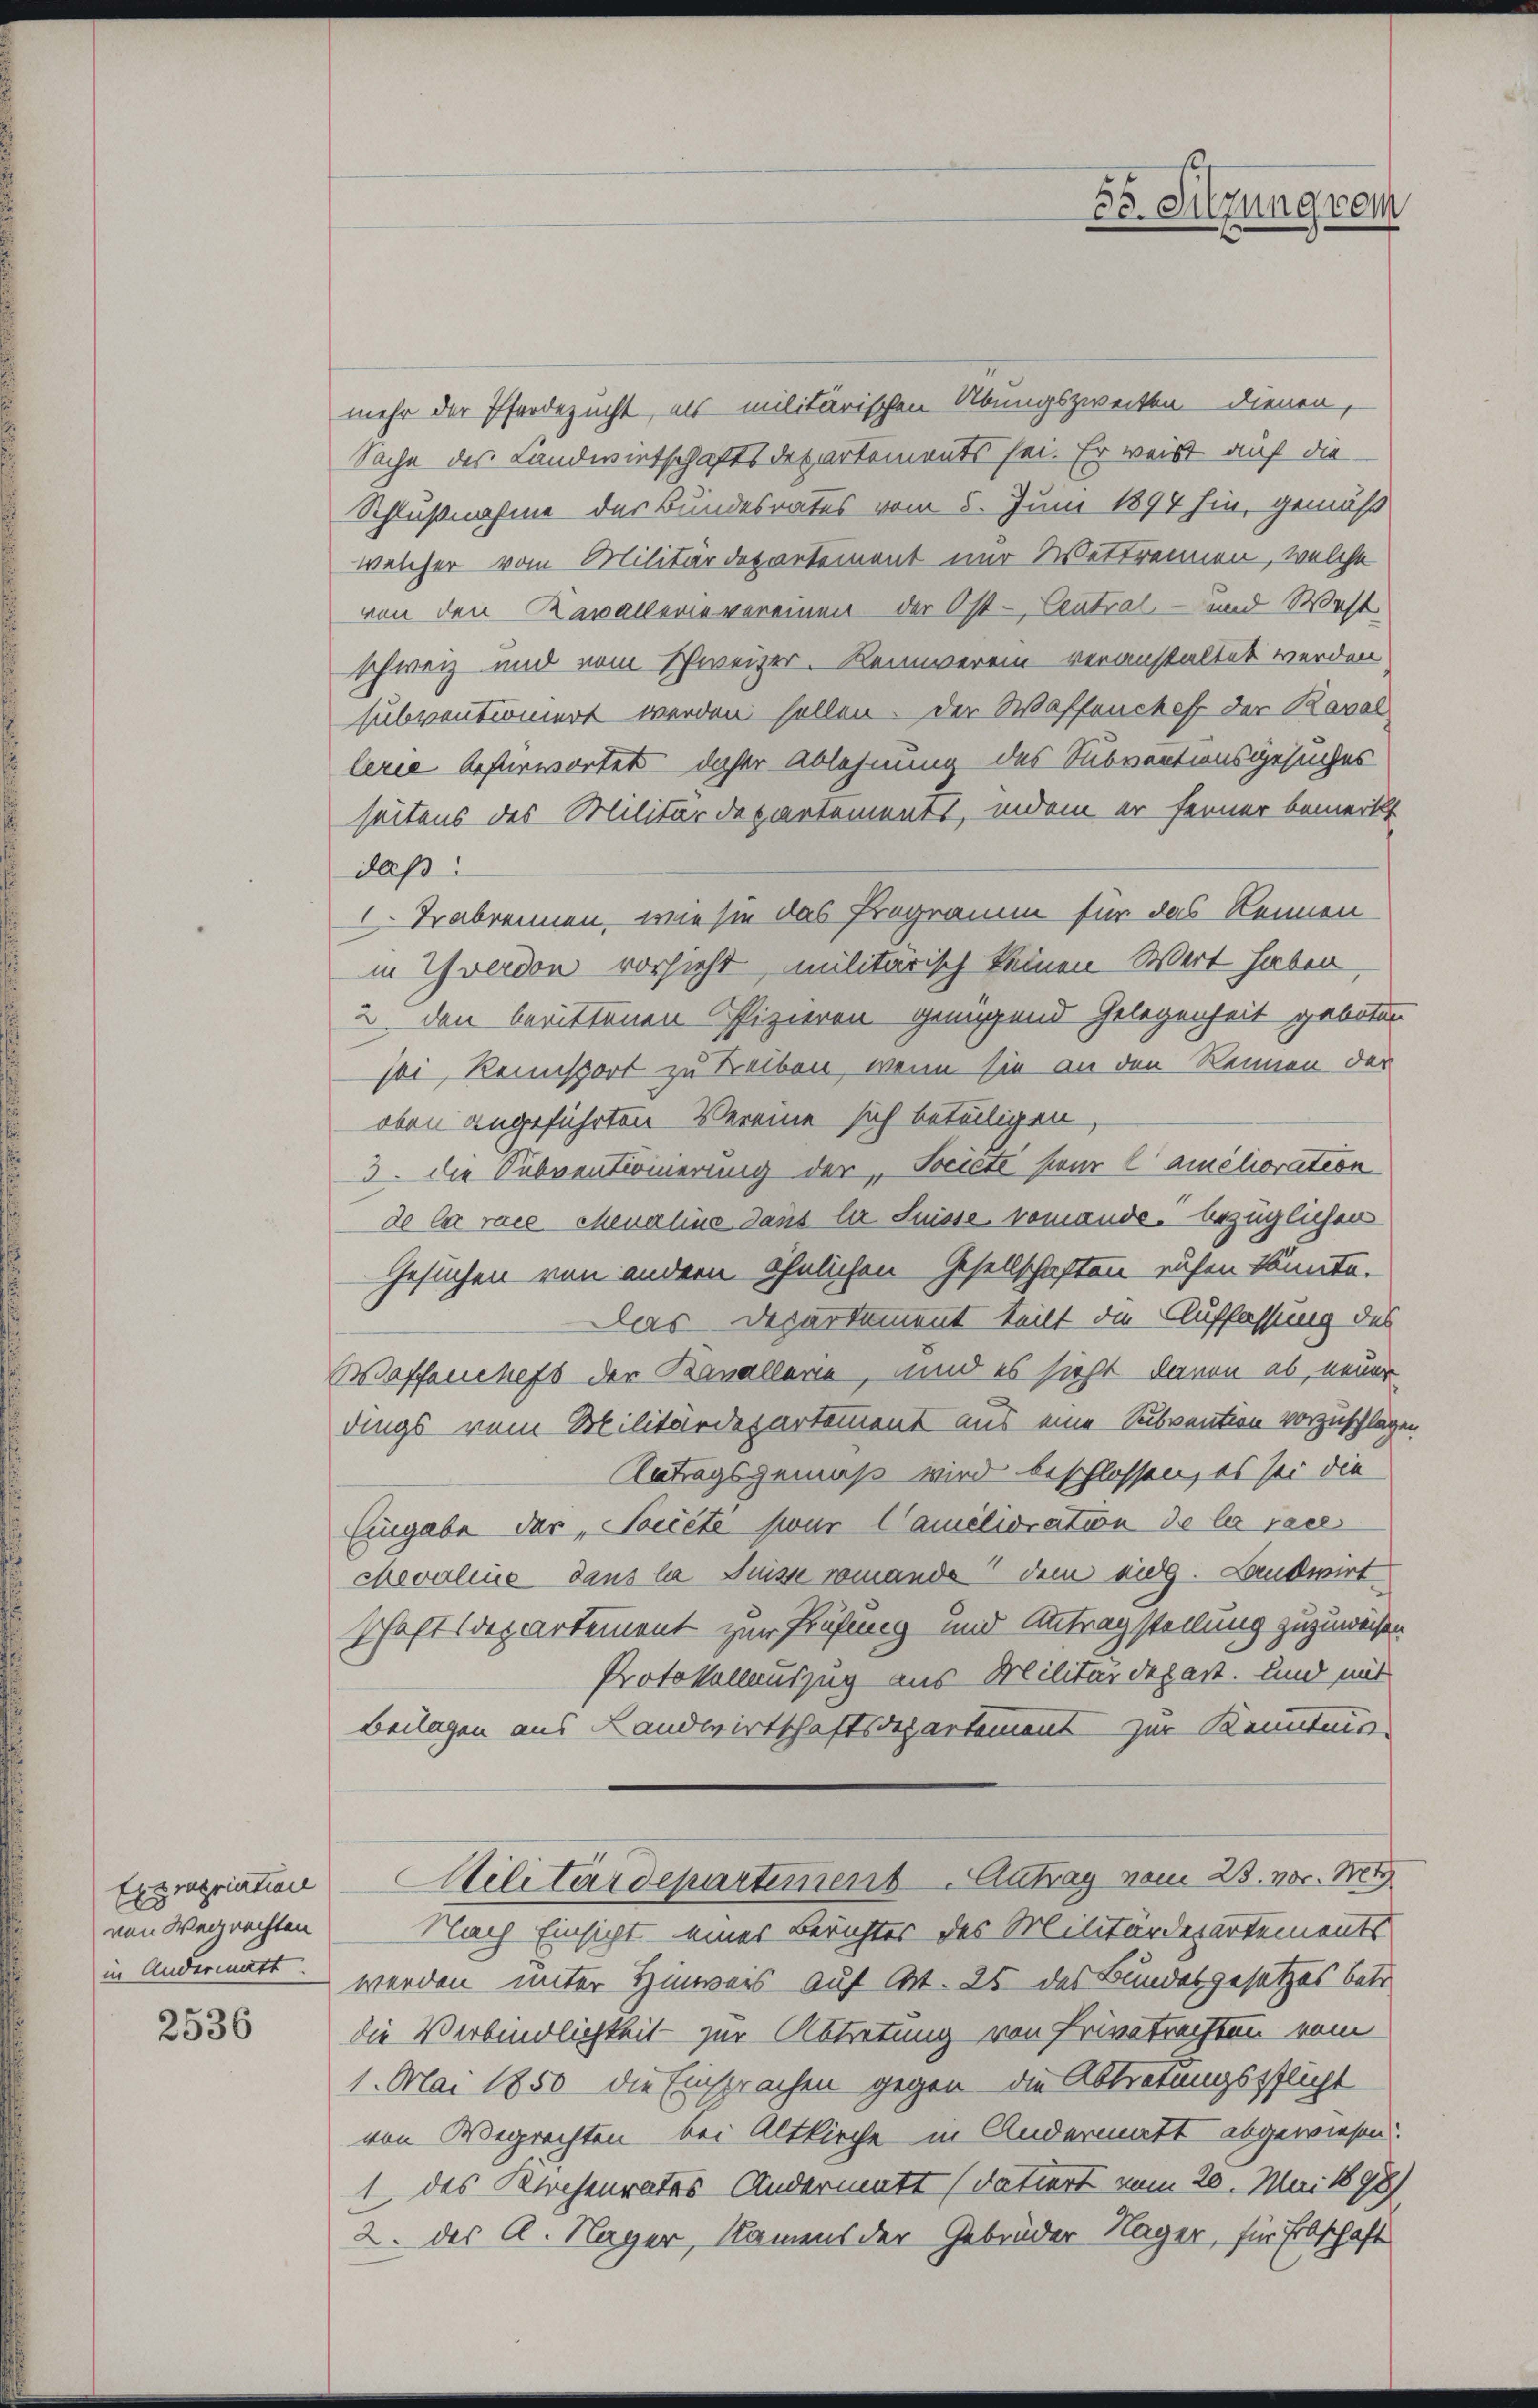
Expropriation
von Wegrechten
in Andermatt.

2536

mehr der Pferdezucht, als militärischen Übungszweiten dienen,
Sache des Landwirtschaftsdepartements sei. Er weist auf die
Schlußnahme der Bundesrates vom 5. Juni 1894 hin, gemäß
welcher vom Militärdepartement nur Wettrennen, welche
von den Kavallerie vereinen der Ost- Central- und West
schweiz und vom Schweizer. Reinverein veranstaltet werden
subventioniert werden sollen. Der Waffencheff der Revol
lerie befürwortet daher Ablehnung des Subventionsgesuches
seitens des Militärdepartements, indem er ferner bemerkt
daß:
. Trabrennen, wie sie das Programm für das Rennen
in Yverdon vorsieht, militarisch keinen Wert haben
u. den berittenen Pfizieren genügend Gelegenheit geboten
sei, Rennsport zu Leiben, wenn sie an den Rennen der
oben angeführten Vereine sich beteiligen
3. die Subventionierung der Societé pour l’amélioration
de le race chevaline dans la Suisse vomande. bezüglichen
Gesuchen von andern ähnlichen Gesellschaften aufen könnte.
Das Departement teilt die Auffassung des
Waffenchefs der Banallerie, und es sicht davon ab, neuer
dings vom Militärdepartement aus eine Subvention vorzuschlage
Antragsgemäß wird beschlossen, es sei die
Eingabe der „Société sur Camélioration de la reces
Mevaline dans la Suisse romando dem eidg. Landwirt
schaftsdepartement zur Prüfung und Antragstellung zuzuweisen
Protokollauszug aus Militärdepart, und mit
Beilagen aus Landwirtschaftsdepartement zur Kenntnis
Militärdepartement. Antrag vom 23. vor. Mts
Nach Einsicht eines Berichtes des Militärdepartements
werden unter Hinweis auf Art. 25 des Bundesgesetzes betr.
die Verbindlichkeit zur Abtretung von Privatrechten vom
1. Mai 1850 die Einsprachen gegen die Abtretungspflicht
von Wegrechten bei Altkirche in Andermatt abgewiesen
1 des Kirchenrates Andermatt (datiert vom 20. Mai 1898)
2. der A. Nager, Namens der Gebrüder Nager, für Erbschaft

35. Sitzung vom